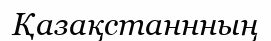
Қазақстаннның